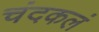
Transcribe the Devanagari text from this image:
चंदकलं